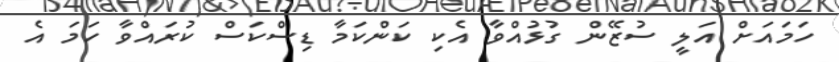
ހަމައަށް އަލީ ސުޒޭން ގުޅުއްވާ އެކި ކަންކަމާ ޑިސްކަސް ކުރައްވާ ހަމަ އެ